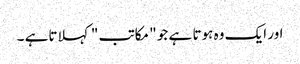
اور ایک وہ ہوتا ہے جو " مکاتب " کہلاتاہے ۔